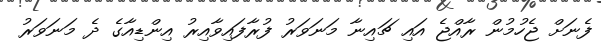
ފެނަށް ޖެހުމުން ރާއްޖެ އައި ޗައިނާ މަނަވަރު ފުރާފައިވާއިރު އިންޑިއާގެ ދެ މަނަވަރު